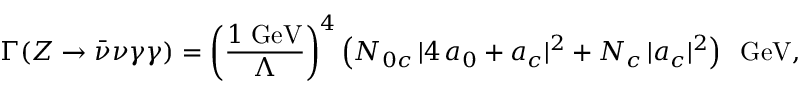
\Gamma ( Z \to \bar { \nu } \nu \gamma \gamma ) = \left( \frac { 1 \; \mathrm { G e V } } { \Lambda } \right) ^ { 4 } \left( N _ { 0 c } \, | 4 \, a _ { 0 } + a _ { c } | ^ { 2 } + N _ { c } \, | a _ { c } | ^ { 2 } \right) \; \; \mathrm { G e V } ,